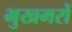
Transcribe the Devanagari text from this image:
भुखमरों